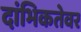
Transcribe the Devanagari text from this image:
दांभिकतेवर